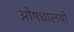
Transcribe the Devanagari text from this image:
ओषधालयों